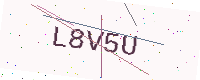
Text: L8V5U